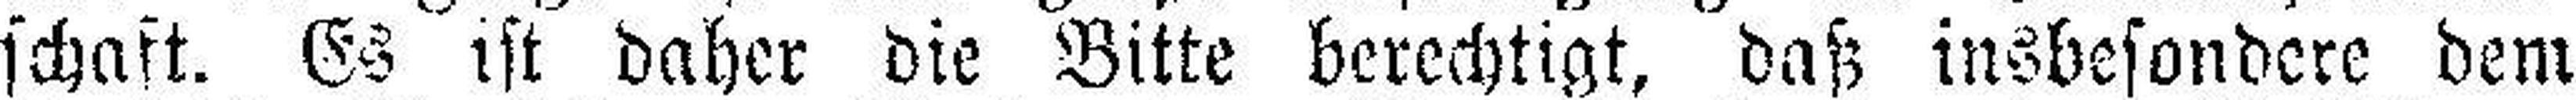
schaft. Es ist daher die Bitte berechtigt, daß insbesondere dem